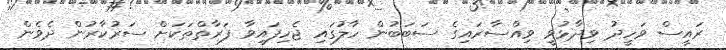
ރައީސް ވަހީދު ވިދާޅުވީ ވިއްސާރައިގެ ސަބަބުން ހާލުގައި ޖެހިފައިވާ ފަރާތްތަކަށް ސަރުކާރުން ދެވެން